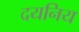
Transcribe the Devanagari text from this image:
दयनिय